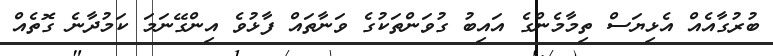
ބުރުގާއެއް އެޅިޔަސް ތިމާމެންގެ އައިބު ގުވަންތަކުގެ ވަނާތައް ފާޅުވެ އިންގޭނަމަ ކަމުދާނެ ގޮތެއް